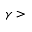
\gamma >